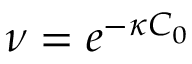
\nu = e ^ { - \kappa C _ { 0 } }